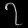
Digit: ၇